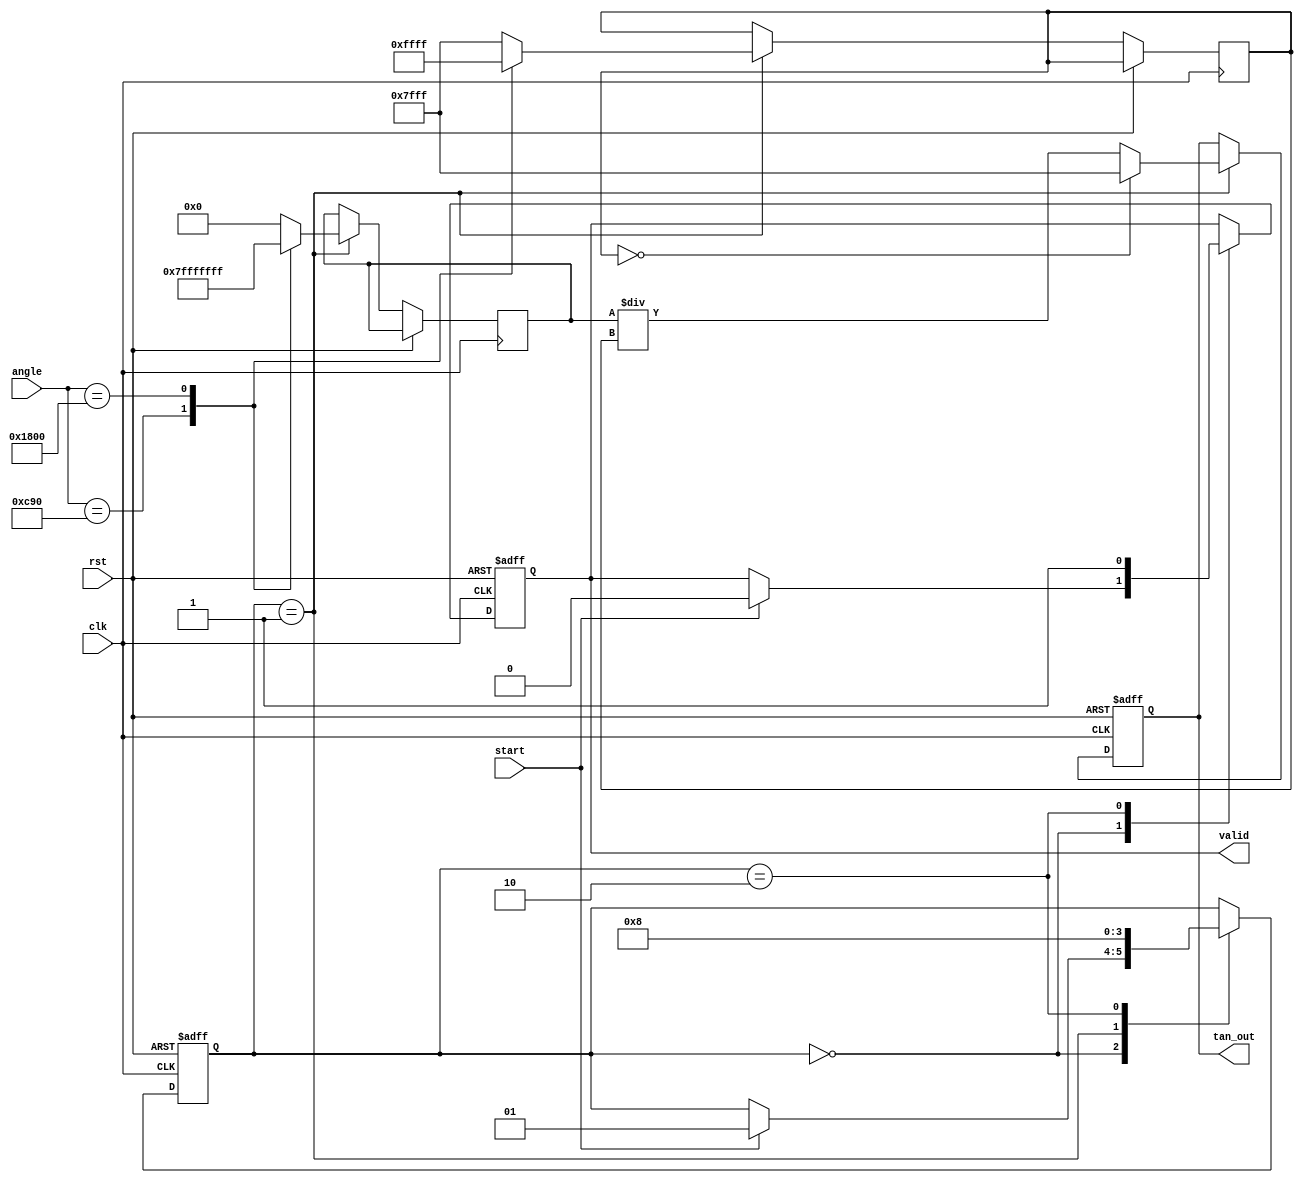
module tan_arithmetic_block (
    input wire clk,
    input wire rst,
    input wire start,
    input wire [15:0] angle, // Input angle in Q15 format
    output reg [15:0] tan_out, // Output tangent value in Q15 format
    output reg valid // Output valid signal
);

    // Internal signals
    wire [15:0] sin_out;
    wire [15:0] cos_out;
    wire [15:0] div_out;
    wire div_by_zero;
    reg [1:0] state;

    // State encoding
    localparam IDLE = 2'b00;
    localparam CALC = 2'b01;
    localparam DONE = 2'b10;

    // Sine and Cosine Lookup Tables (for simplicity, using fixed values)
    function [15:0] sine(input [15:0] angle);
        begin
            // Placeholder: Replace with actual sine calculation or lookup
            case (angle)
                16'h0000: sine = 16'h0000; // sin(0)
                16'h0C90: sine = 16'h7FFF; // sin(/2)
                16'h1800: sine = 16'hFFFF; // sin()
                // Add more cases as needed
                default: sine = 16'h0000; // Default case
            endcase
        end
    endfunction

    function [15:0] cosine(input [15:0] angle);
        begin
            // Placeholder: Replace with actual cosine calculation or lookup
            case (angle)
                16'h0000: cosine = 16'h7FFF; // cos(0)
                16'h0C90: cosine = 16'h0000; // cos(/2)
                16'h1800: cosine = 16'hFFFF; // cos()
                // Add more cases as needed
                default: cosine = 16'h7FFF; // Default case
            endcase
        end
    endfunction

    // Division operation with division by zero handling
    assign div_by_zero = (cos_out == 16'h0000);
    assign div_out = div_by_zero ? 16'h7FFF : (sin_out / cos_out); // Return max value on div by zero

    // Main FSM for processing
    always @(posedge clk or posedge rst) begin
        if (rst) begin
            state <= IDLE;
            tan_out <= 16'h0000;
            valid <= 1'b0;
        end else begin
            case (state)
                IDLE: begin
                    if (start) begin
                        state <= CALC;
                        valid <= 1'b0;
                    end
                end
                CALC: begin
                    // Compute sine and cosine
                    sin_out <= sine(angle);
                    cos_out <= cosine(angle);
                    tan_out <= div_out; // Compute tangent
                    state <= DONE;
                end
                DONE: begin
                    valid <= 1'b1; // Indicate output is valid
                    state <= IDLE; // Go back to idle
                end
            endcase
        end
    end

endmodule